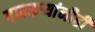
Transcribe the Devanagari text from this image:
गावकऱ्यांनीही